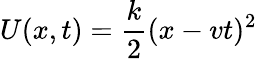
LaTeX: U(x,t)=\frac k2(x-vt)^{2}